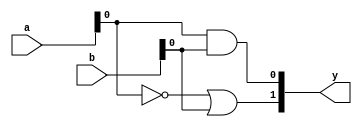
module combinational_logic_block #(
    parameter INPUT_WIDTH = 4,  // Width of input vector
    parameter OUTPUT_WIDTH = 2   // Width of output vector
)(
    input  wire [INPUT_WIDTH-1:0]  a,  // Input vector
    input  wire [INPUT_WIDTH-1:0]  b,  // Another input vector
    output wire [OUTPUT_WIDTH-1:0] y   // Output vector
);

// Internal signals for intermediate logic
wire and_out;
wire or_out;
wire not_a [INPUT_WIDTH-1:0];

// Example Logic Function: y[0] = a AND b, y[1] = NOT a OR b
assign and_out = a & b;                  // AND operation
assign or_out = ~a | b;                  // OR operation
assign y[0] = and_out;                   // Output for AND
assign y[1] = or_out;                    // Output for OR

// Generate NOT for each bit of input a
genvar i;
generate
    for (i = 0; i < INPUT_WIDTH; i = i + 1) begin : not_gen
        assign not_a[i] = ~a[i];          // NOT operation for each bit
    end
endgenerate

// Additional logic can be added here as needed
// For example, you can implement XOR, XNOR, etc.

endmodule